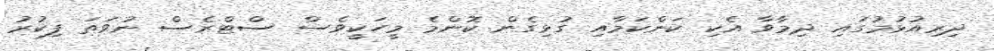
ދިރިއުޅުމުގައި ދިމާވާ އެކި ކަންކަމާއި ގުޅިގެން ކޮންމެ މީހަކީވެސް ސްޓްރެސް ނުވަތަ ފިކުރު